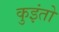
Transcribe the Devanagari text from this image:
कुइंतो